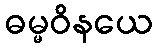
ဓမ္မဝိနယေ